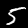
Digit: 5